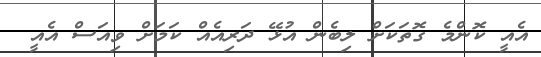
އެއީ ކޮންމެ ގޮތަކަށް ލިބެން އުޅޭ ދަރިއެއް ކަމަށް ވިއަސް އެއީ